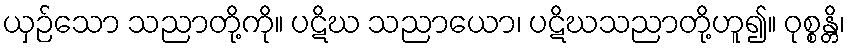
ယှဉ်သော သညာတို့ကို။ ပဋိဃ သညာယော၊ ပဋိဃသညာတို့ဟူ၍။ ဝုစ္စန္တိ၊